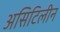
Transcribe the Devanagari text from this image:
असिटिलीन